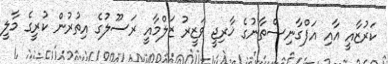
ކަރުޒާއީ އާއި އަފްގާނިސްތާނުގެ ޚާރިޖީ ވަޒީރު ޒަލްމާއީ ރަސޫލުގެ އިތުރުން ކުރީގެ މާލީ